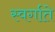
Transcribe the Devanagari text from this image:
स्वर्गाते